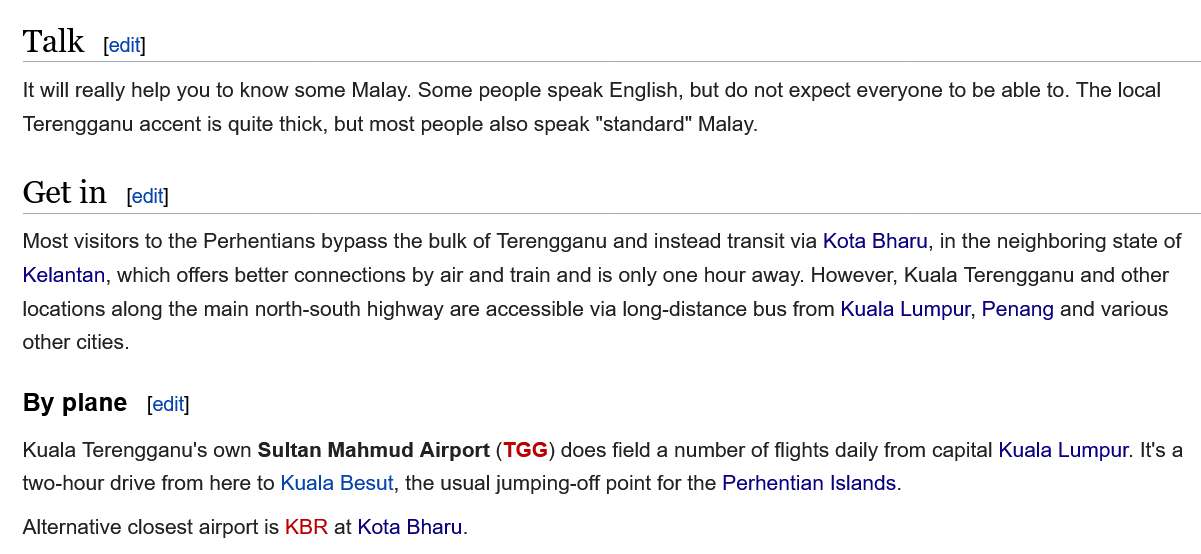
Talk
   Get  in
   By plane   [edit]
   It will really help you to know some Malay. Some people speak English, but do not expect everyone to be able to. The local
   Terengganu accent is quite thick, but most people also speak "standard" Malay.
   Most visitors to the Perhentians bypass the bulk of Terengganu and instead transit via Kota Bharu, in the neighboring state of
   Kelantan, which offers better connections by air and train and is only one hour away. However, Kuala Terengganu and other
   locations along the main north-south highway are accessible via long-distance bus from Kuala Lumpur, Penang and various
   other cities.
   Kuala Terengganu's own Sultan Mahmud Airport (TGG) does field a number of flights daily from capital Kuala Lumpur. It's a
   two-hour drive from here to Kuala Besut, the usual jumping-off point for the Perhentian Islands.
   Alternative closest airport is KBR at Kota Bharu.